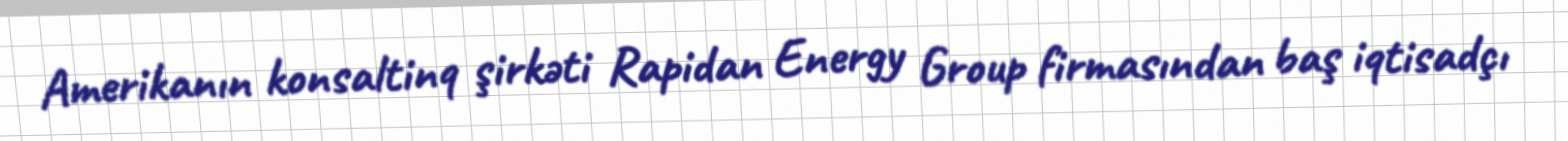
Amerikanın konsaltinq şirkəti Rapidan Energy Group firmasından baş iqtisadçı